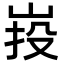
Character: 𡷠